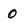
Character: 0